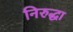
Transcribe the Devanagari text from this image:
निरुद्धा